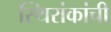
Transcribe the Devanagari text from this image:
स्थिरांकांची